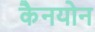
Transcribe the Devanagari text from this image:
कैनयोन